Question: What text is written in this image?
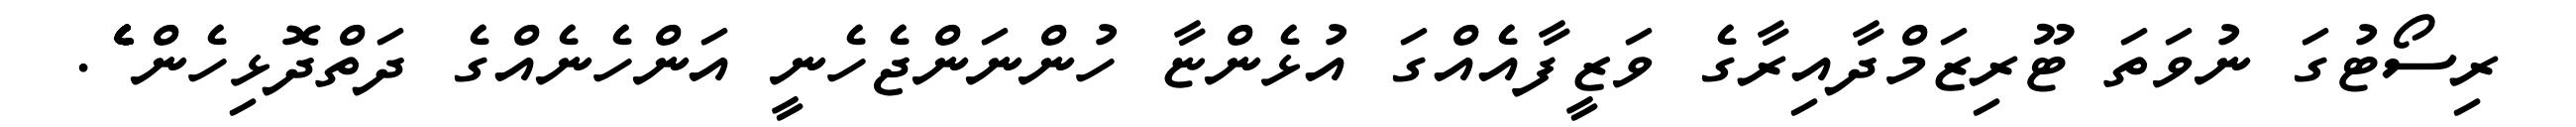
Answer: ރިސޯޓުގަ ނުވަތަ ޓޫރިޒަމްދާއިރާގެ ވަޒީފާއެއްގަ އުޅެންޏާ ހުންނަންޖެހެނީ އަންހެނެއްގެ ދަތްދޮޅިހެން ެެެެެެެެެެެެެެެެެ.